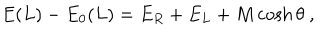
LaTeX: E ( L ) - E _ { 0 } ( L ) = E _ { R } + E _ { L } + M \cosh \theta \ ,